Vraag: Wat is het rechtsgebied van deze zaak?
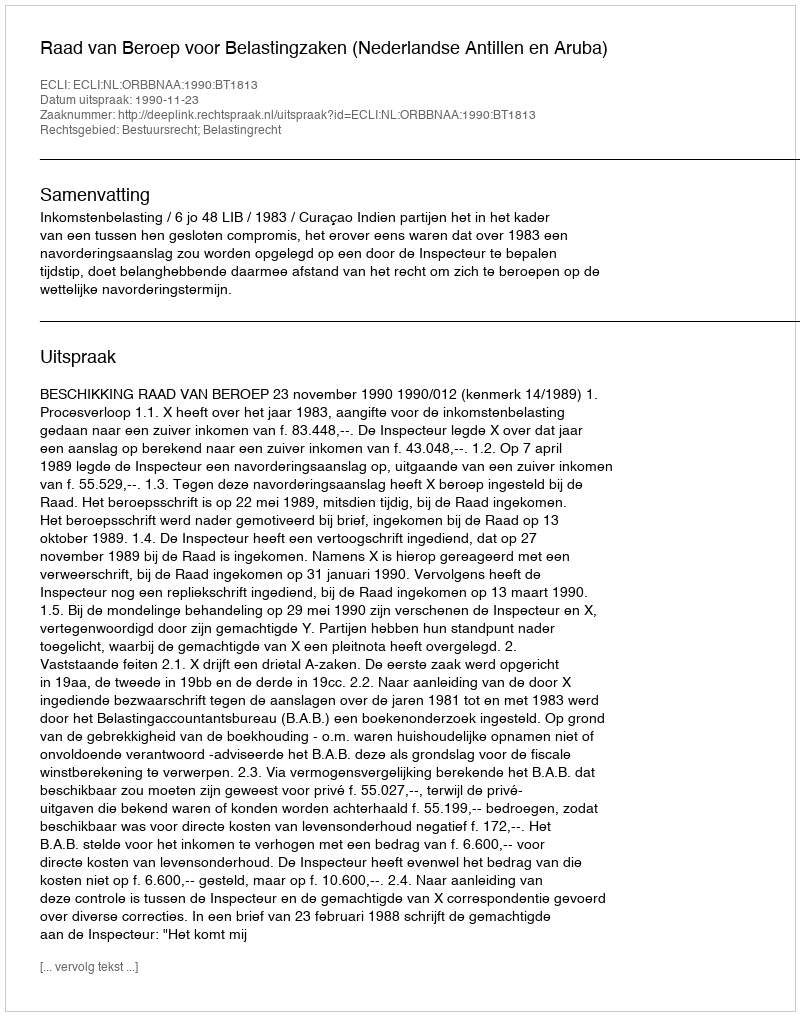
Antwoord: Bestuursrecht; Belastingrecht